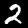
Digit: 2